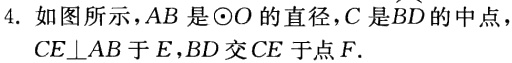
4. 如图所示，\(AB\)是\(\odot O\)的直径，\(C\)是\(\overset{\frown}{BD}\)的中点，\(CE\perp AB\)于\(E\)，\(BD\)交\(CE\)于点\(F\).